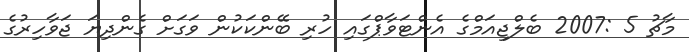
މާޗު 5 :2007 ބެލްޖިއަމްގެ އެންޓަވާޕްގައި ހުރި ބޭންކަކުން ވަގަށް ގެންދިޔަ ޖަވާހިރުގެ